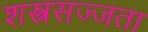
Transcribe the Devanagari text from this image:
शस्त्रसज्जता